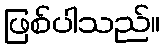
ဖြစ်ပါသည်။